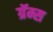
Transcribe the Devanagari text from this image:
ग्रॅम्स